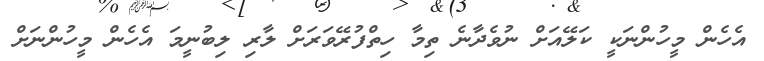
އެހެން މީހުންނަކީ ކަލޭއަށް ނުވެދާނެ ތިމާ ހިތްފުރޭވަރަށް ލާރި ލިބުނީމަ އެހެން މީހުންނަށް